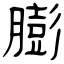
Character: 膨